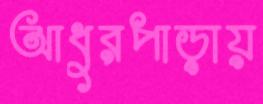
আধুরপাড়ায়